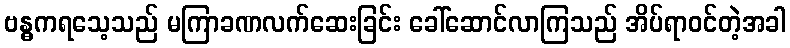
ဗန္ဓကရသေ့သည် မကြာခဏလက်ဆေးခြင်း ခေါ်ဆောင်လာကြသည် အိပ်ရာဝင်တဲ့အခါ